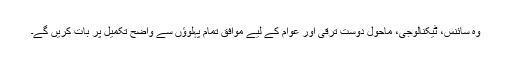
وہ سائنس، ٹیکنالوجی، ماحول دوست ترقی اور عوام کے لیے موافق تمام پہلوؤں سے واضح تکمیل پر بات کریں گے۔